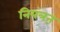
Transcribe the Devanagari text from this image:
नियंत्रऩ